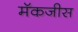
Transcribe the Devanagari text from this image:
मॅकजीस